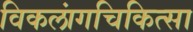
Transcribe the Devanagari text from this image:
विकलांगचिकित्सा